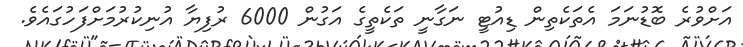
އަށްވުރެ ބޮޑުނަމަ އެތަކެތިން ޑިއުޓީ ނަގާނީ ތަކެތީގެ އަގުން 6000 ރުފިޔާ އުނިކުރުމަށްފަހުގައެވެ.